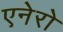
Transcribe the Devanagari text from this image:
एनेरो